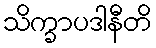
သိက္ခာပဒါနီတိ